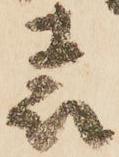
表